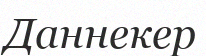
Даннекер